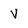
Character: V